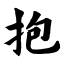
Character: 抱